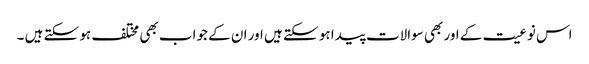
اس نوعیت کے اور بھی سوالات پیدا ہو سکتے ہیں اور ان کے جواب بھی مختلف ہو سکتے ہیں ۔